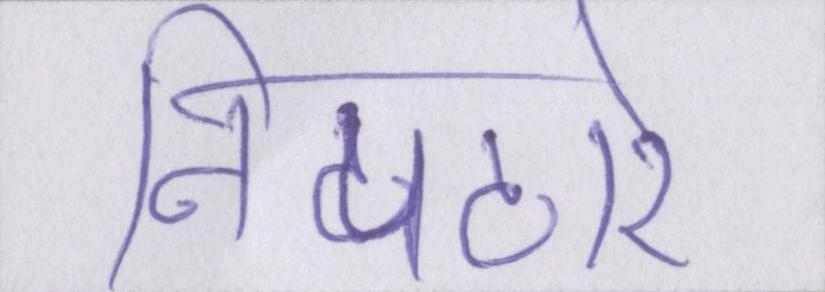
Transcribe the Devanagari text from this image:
निपटारे